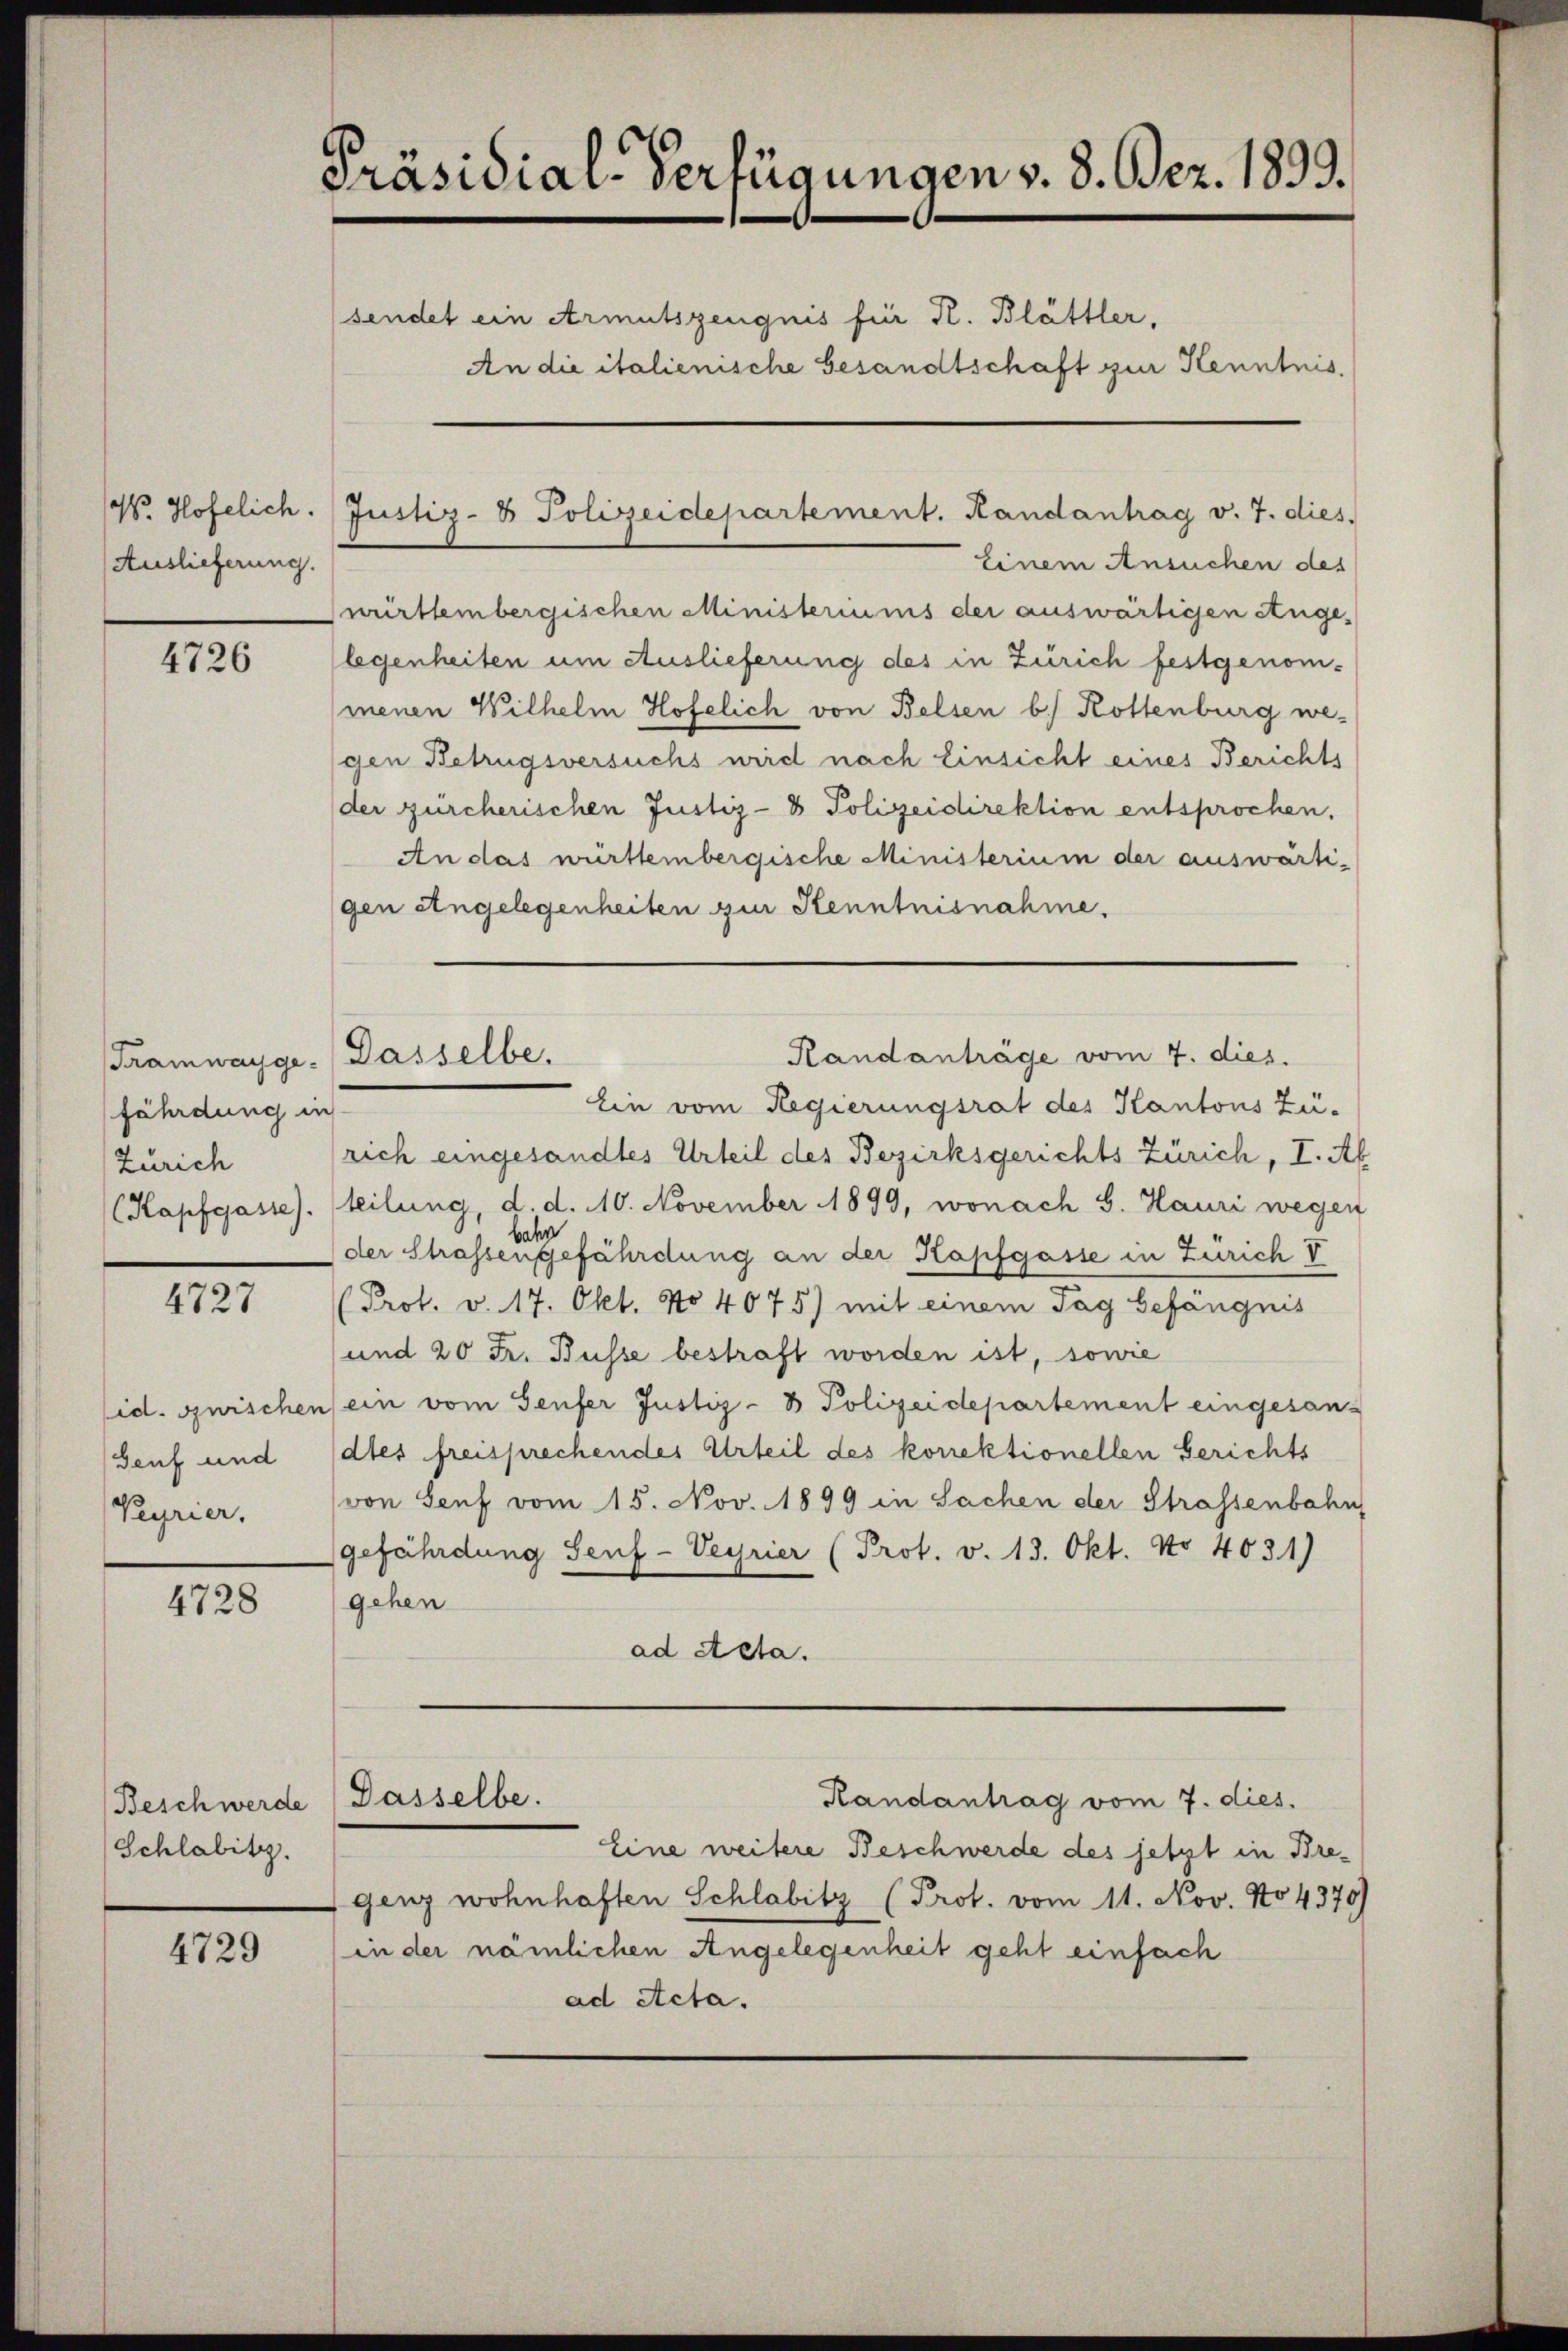
Mo. Hofelich.
Auslieferung.

4726

fährdung in
Zürich

4727

Genf und
Peyrier.

4728

Beschwerde
Schlabitz.

4729

Präsidial-Verfügungen v. 8. Dez. 1893.
sendet ein Armutszeugnis für R. Blättler,
An die italienische Gesandtschaft zur Kenntnis.

Ein vom Regierungsrat des Kantons Zü-
rich eingesandtes Urteil des Bezirksgerichts Zürich, I. Ab
(Kapfgasse). (teilung, d. d. 10. November 1899, wonach G. Hauri wegen
bahn
der Strassengefährdung an der Kapfgasse in Zürich V
(Prot. v. 17. Okt. No 4075) mit einem Tag befängnis
und 20 Fr. Busse bestraft worden ist, sowie
id. Guischen ein vom Senfer Justiz- & Polizeidepartement eingesandtes freisprechendes Urteil des korrektionellen Berichts
von Senf vom 15. Nov. 1899 in Sachen der Strassenbahn
gefährdung Senf-Veyrier (Prot. v. 13. Okt. No 4031)
gehen
ad Acta.

Einem Ansuchen des
württembergischen Ministeriums der auswärtigen Angelegenheiten um Auslieferung des in Zürich festgenom-
menen Wilhelm Hofelich von Belsen b) Rottenburg wegen Betrugsversuchs wird nach Einsicht eines Berichts
der zürcherischen Justiz- & Polizeidirektion entsprochen.
An das württembergische Ministerium der auswärtigen Angelegenheiten zur Kenntnisnahme.

Tramwayge. Dasselbe.

Justiz- & Polizeidepartement. Randantrag v. 7. dies

Dasselbe.

Randantrag vom 7. dies.
Eine weitere Beschwerde des jetzt in Bregenz wohnhaften Schlabitz (Prot. vom 11. Nov. No 4370)
in der nämlichen Angelegenheit geht einfach
ad Acta.

Randanträge vom 7. dies.